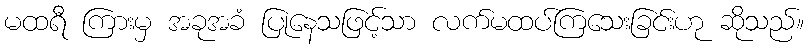
မထရီ ကြားမှ အခုအခံ ပြုနေသဖြင့်သာ လက်မထပ်ကြသေးခြင်းဟု ဆိုသည်။